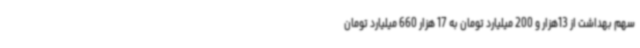
سهم بهداشت از 13هزار و 200 میلیارد تومان به 17 هزار 660 میلیارد تومان